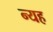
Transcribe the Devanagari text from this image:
न्यह